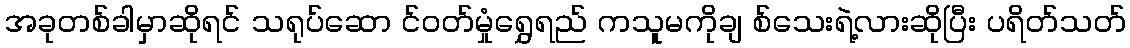
အခုတစ်ခါမှာဆိုရင် သရုပ်ဆော င်ဝတ်မှုံရွှေရည် ကသူမကိုချ စ်သေးရဲ့လားဆိုပြီး ပရိတ်သတ်